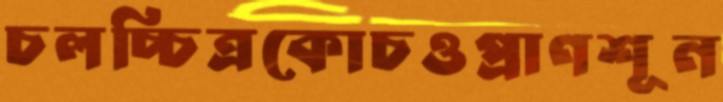
চলচ্চিত্রকোচওপ্রাণশূন